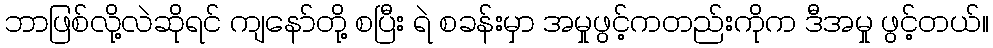
ဘာဖြစ်လို့လဲဆိုရင် ကျနော်တို့ စပြီး ရဲ စခန်းမှာ အမှုဖွင့်ကတည်းကိုက ဒီအမှု ဖွင့်တယ်။